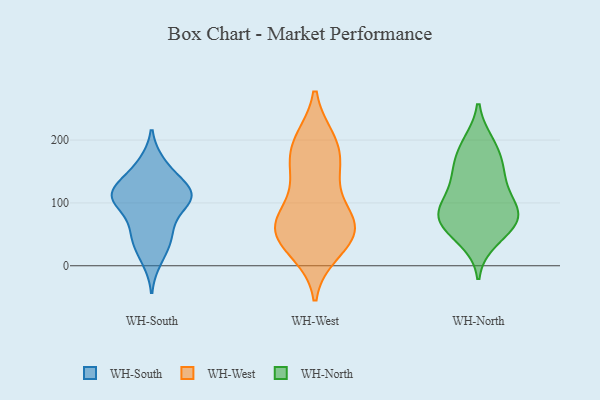
{"axis": {"x": "Humidity (%)", "y": "Value"}, "legend": ["WH-North", "WH-South", "WH-West"], "data": [{"x": "", "y": 112, "type": "WH-South"}, {"x": "", "y": 10, "type": "WH-South"}, {"x": "", "y": 28, "type": "WH-South"}, {"x": "", "y": 50, "type": "WH-South"}, {"x": "", "y": 52, "type": "WH-South"}, {"x": "", "y": 100, "type": "WH-South"}, {"x": "", "y": 158, "type": "WH-South"}, {"x": "", "y": 105, "type": "WH-South"}, {"x": "", "y": 55, "type": "WH-South"}, {"x": "", "y": 111, "type": "WH-South"}, {"x": "", "y": 116, "type": "WH-South"}, {"x": "", "y": 123, "type": "WH-South"}, {"x": "", "y": 100, "type": "WH-South"}, {"x": "", "y": 129, "type": "WH-South"}, {"x": "", "y": 112, "type": "WH-South"}, {"x": "", "y": 162, "type": "WH-South"}, {"x": "", "y": 144, "type": "WH-West"}, {"x": "", "y": 54, "type": "WH-West"}, {"x": "", "y": 85, "type": "WH-West"}, {"x": "", "y": 50, "type": "WH-West"}, {"x": "", "y": 71, "type": "WH-West"}, {"x": "", "y": 71, "type": "WH-West"}, {"x": "", "y": 28, "type": "WH-West"}, {"x": "", "y": 63, "type": "WH-West"}, {"x": "", "y": 194, "type": "WH-West"}, {"x": "", "y": 23, "type": "WH-West"}, {"x": "", "y": 59, "type": "WH-West"}, {"x": "", "y": 144, "type": "WH-West"}, {"x": "", "y": 163, "type": "WH-West"}, {"x": "", "y": 196, "type": "WH-West"}, {"x": "", "y": 199, "type": "WH-West"}, {"x": "", "y": 160, "type": "WH-North"}, {"x": "", "y": 111, "type": "WH-North"}, {"x": "", "y": 84, "type": "WH-North"}, {"x": "", "y": 83, "type": "WH-North"}, {"x": "", "y": 66, "type": "WH-North"}, {"x": "", "y": 188, "type": "WH-North"}, {"x": "", "y": 194, "type": "WH-North"}, {"x": "", "y": 63, "type": "WH-North"}, {"x": "", "y": 88, "type": "WH-North"}, {"x": "", "y": 42, "type": "WH-North"}, {"x": "", "y": 148, "type": "WH-North"}, {"x": "", "y": 76, "type": "WH-North"}, {"x": "", "y": 136, "type": "WH-North"}]}